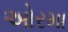
ઓરમા